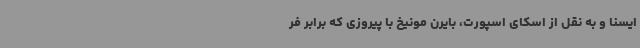
ایسنا و به نقل از اسکای اسپورت، بایرن مونیخ با پیروزی که برابر فر